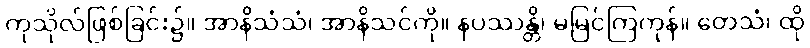
ကုသိုလ်ဖြစ်ခြင်း၌။ အာနိသံသံ၊ အာနိသင်ကို။ နပဿန္တိ၊ မမြင်ကြကုန်။ တေသံ၊ ထို